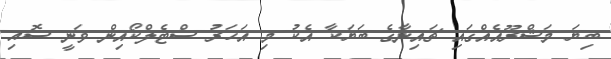
ބިޔަ މަޝްރޫއެއްގައި ޗައިނާގެ ބަޔަކާ އެކު މި އަހަރު ސްޓެލްކޯއިން ވަނީ ސޮއި